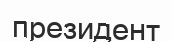
президент